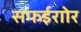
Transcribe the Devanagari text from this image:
सफईराोर